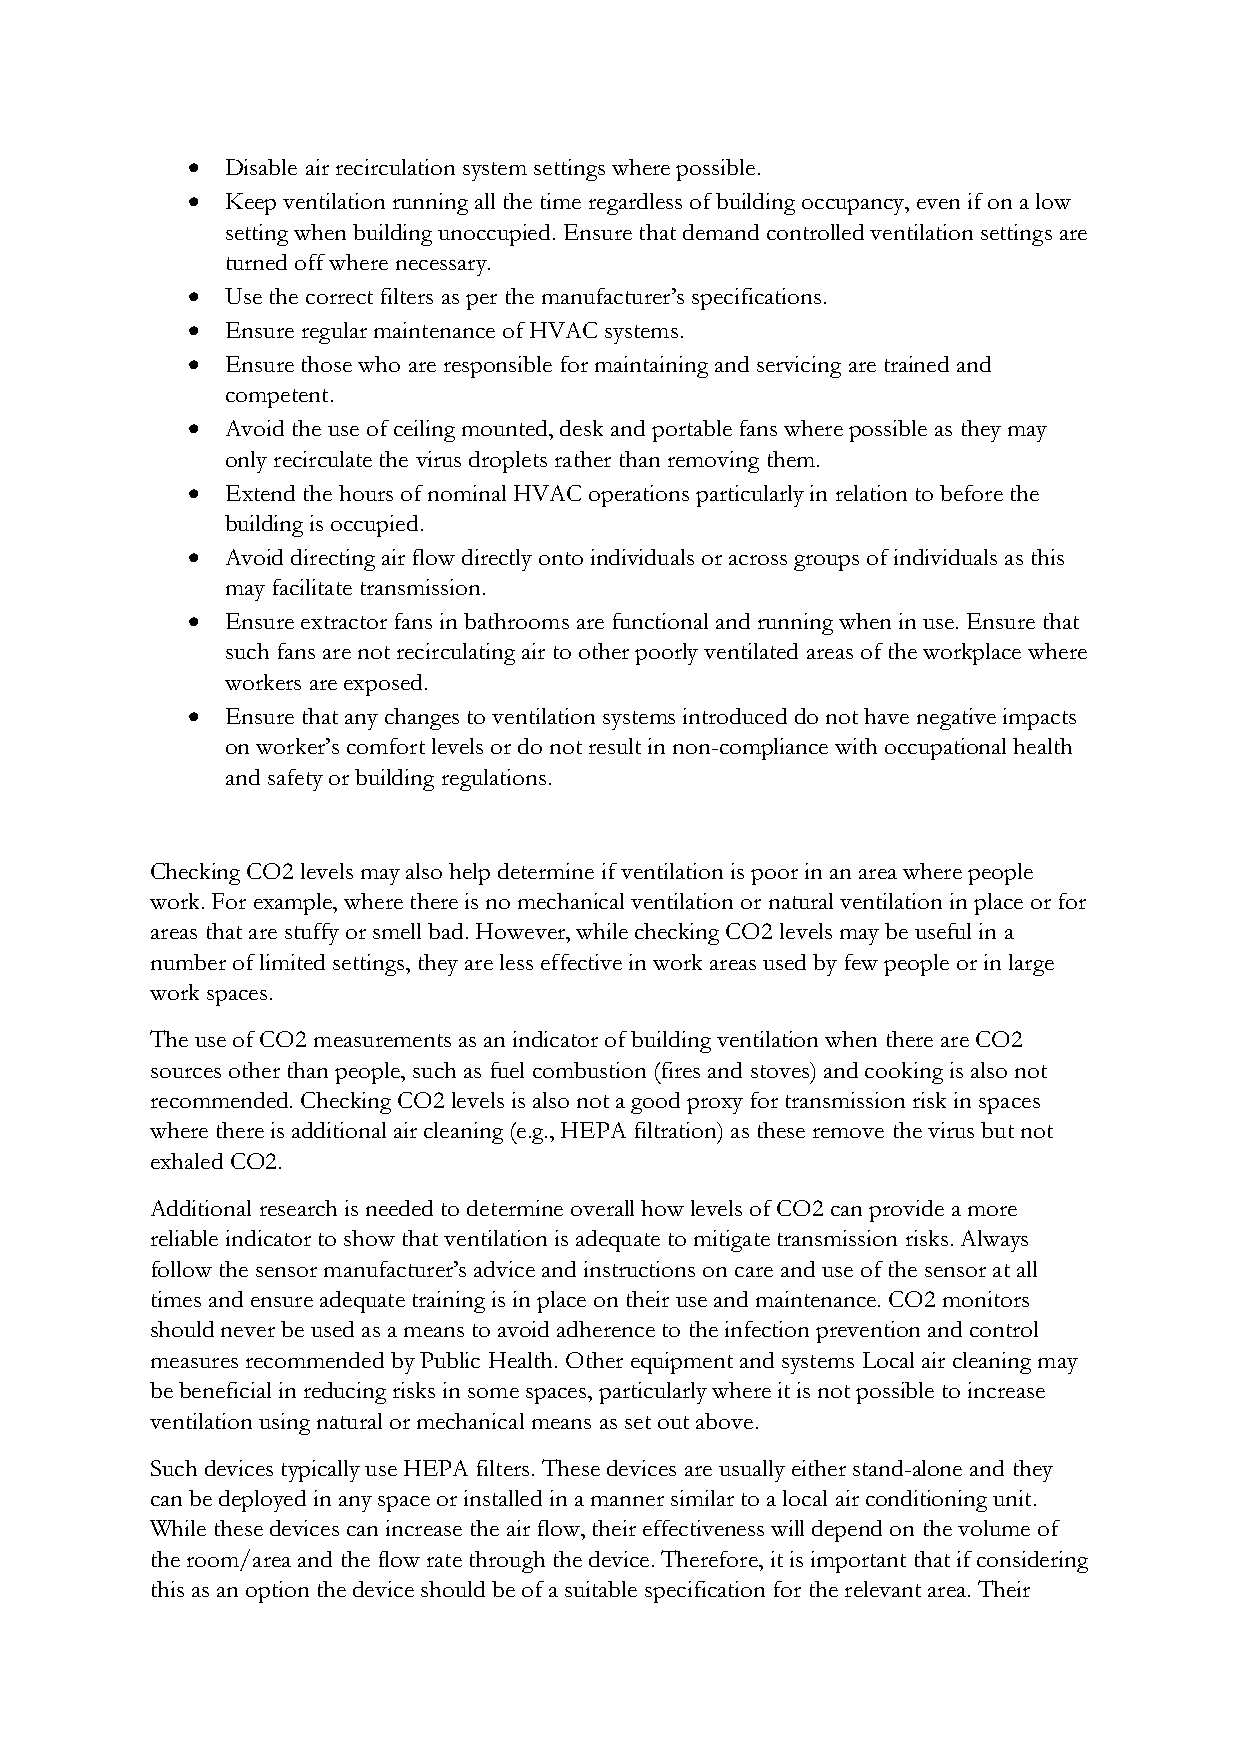
  Disable air recirculation system settings where possible.
   Keep ventilation running all the time regardless of building occupancy, even if on a low
 setting when building unoccupied. Ensure that demand controlled ventilation settings are
 turned off where necessary.
   Use the correct filters as per the manufacturer’s specifications.
   Ensure regular maintenance of HVAC systems.
   Ensure those who are responsible for maintaining and servicing are trained and
 competent.
   Avoid the use of ceiling mounted, desk and portable fans where possible as they may
 only recirculate the virus droplets rather than removing them.
   Extend the hours of nominal HVAC operations particularly in relation to before the
 building is occupied.
   Avoid directing air flow directly onto individuals or across groups of individuals as this
 may facilitate transmission.
   Ensure extractor fans in bathrooms are functional and running when in use. Ensure that
 such fans are not recirculating air to other poorly ventilated areas of the workplace where
 workers are exposed.
   Ensure that any changes to ventilation systems introduced do not have negative impacts
 on worker’s comfort levels or do not result in non-compliance with occupational health
 and safety or building regulations.
 Checking CO2 levels may also help determine if ventilation is poor in an area where people
 work. For example, where there is no mechanical ventilation or natural ventilation in place or for
 areas that are stuffy or smell bad. However, while checking CO2 levels may be useful in a
 number of limited settings, they are less effective in work areas used by few people or in large
 work spaces.
 The use of CO2 measurements as an indicator of building ventilation when there are CO2
 sources other than people, such as fuel combustion (fires and stoves) and cooking is also not
 recommended. Checking CO2 levels is also not a good proxy for transmission risk in spaces
 where there is additional air cleaning (e.g., HEPA filtration) as these remove the virus but not
 exhaled CO2.
 Additional research is needed to determine overall how levels of CO2 can provide a more
 reliable indicator to show that ventilation is adequate to mitigate transmission risks. Always
 follow the sensor manufacturer’s advice and instructions on care and use of the sensor at all
 times and ensure adequate training is in place on their use and maintenance. CO2 monitors
 should never be used as a means to avoid adherence to the infection prevention and control
 measures recommended by Public Health. Other equipment and systems Local air cleaning may
 be beneficial in reducing risks in some spaces, particularly where it is not possible to increase
 ventilation using natural or mechanical means as set out above.
 Such devices typically use HEPA filters. These devices are usually either stand-alone and they
 can be deployed in any space or installed in a manner similar to a local air conditioning unit.
 While these devices can increase the air flow, their effectiveness will depend on the volume of
 the room/area and the flow rate through the device. Therefore, it is important that if considering
 this as an option the device should be of a suitable specification for the relevant area. Their